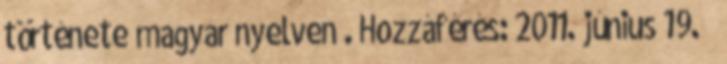
története magyar nyelven . Hozzáférés: 2011. június 19. ↑